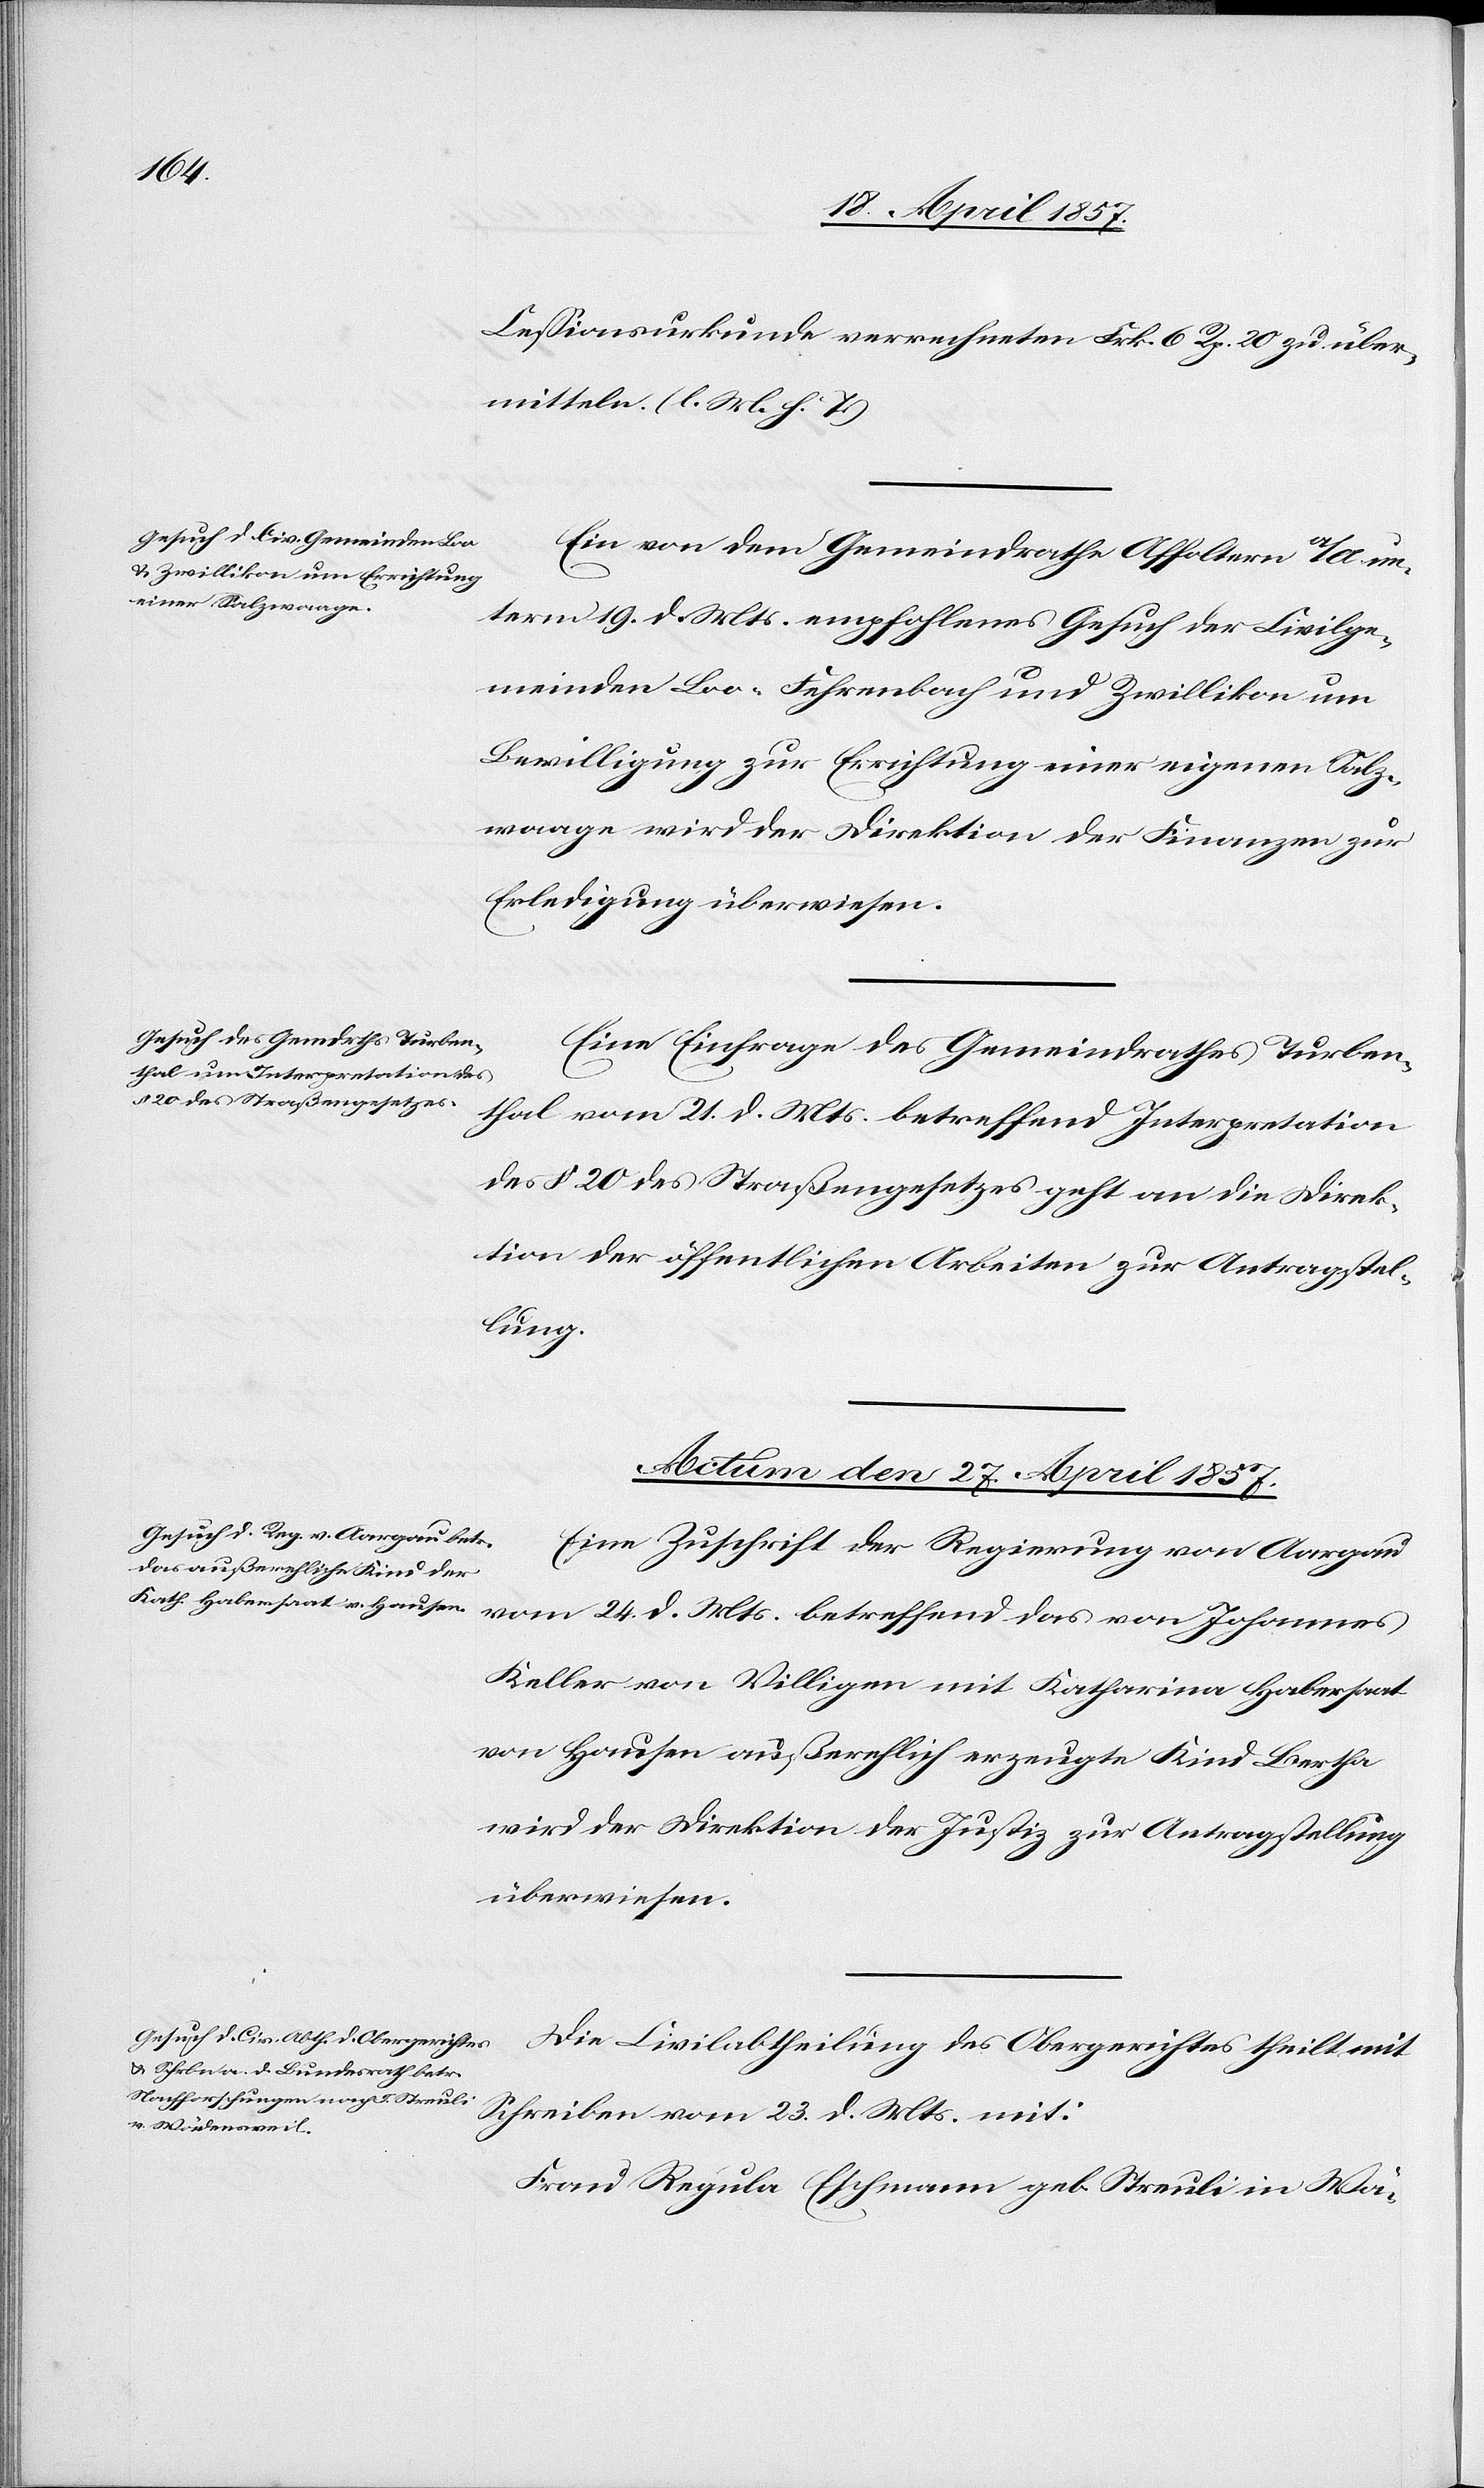
Cessionsurkunde verrechneten Frk. 6 Rp. 20 zu über¬
mitteln. (l. M. h. T.)
Ein von dem Gemeindrathe Affoltern a/A. un¬
term 19. d. Mts. empfohlenes Gesuch der Civilge¬
meinden Loo-Fehrenbach und Zwillikon um
Bewilligung zur Errichtung einer eigenen Salz¬
waage wird der Direktion der Finanzen zur
Erledigung überwiesen.
Eine Einfrage des Gemeindrathes Turben¬
thal vom 21. d. Mts. betreffend Interpretation
des § 20 des Straßengesetzes geht an die Direk¬
tion der öffentlichen Arbeiten zur Antragstel¬
lung.
Actum den 27. April 1857.]
Eine Zuschrift der Regierung von Aargau
vom 24. d. Mts. betreffend das von Johannes
Keller von Villigen mit Katharina Habersaat
von Hausen außerehlich erzeugte Kind Bertha
wird der Direktion der Justiz zur Antragstellung
überwiesen.
Die Civilabtheilung des Obergerichtes theilt mit
Schreiben vom 23. d. Mts. mit:
Frau Regula Eschmann geb. Streuli in Wä-